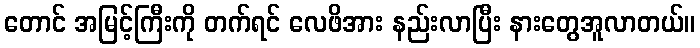
တောင် အမြင့်ကြီးကို တက်ရင် လေဖိအား နည်းလာပြီး နားတွေအူလာတယ်။